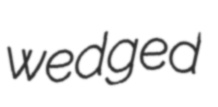
wedged